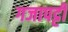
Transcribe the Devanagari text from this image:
गजापट्टी